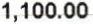
1,100.00